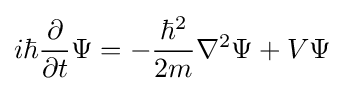
i\hbar {\frac {\partial }{\partial t}}\Psi =-{\frac {\hbar ^{2}}{2m}}\nabla ^{2}\Psi +V\Psi